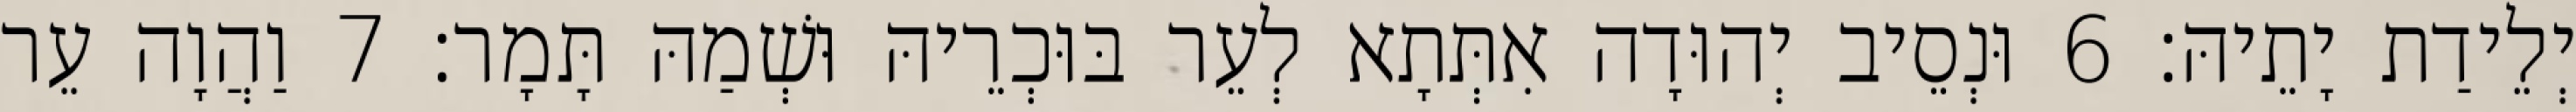
יְלֵידַת יָתֵיהּ׃ 6 וּנְסֵיב יְהוּדָה אִתְּתָא לְעֵר בּוּכְרֵיהּ וּשְׁמַהּ תָּמָר׃ 7 וַהֲוָה עֵר